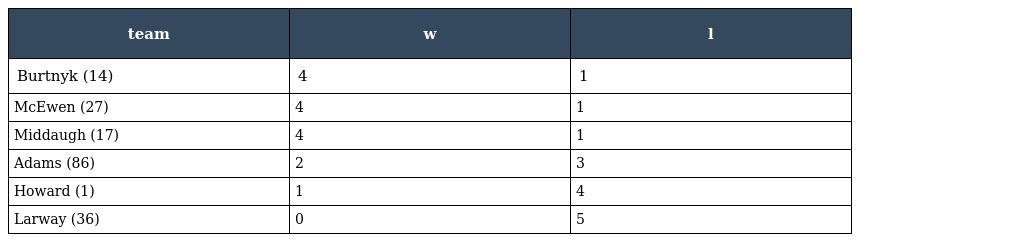
| team | w | l |
 | --- | --- | --- |
 | Burtnyk (14) | 4 | 1 |
 | McEwen (27) | 4 | 1 |
 | Middaugh (17) | 4 | 1 |
 | Adams (86) | 2 | 3 |
 | Howard (1) | 1 | 4 |
 | Larway (36) | 0 | 5 |